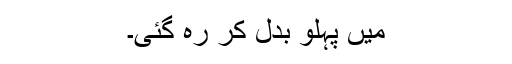
میں پہلو بدل کر رہ گئی۔